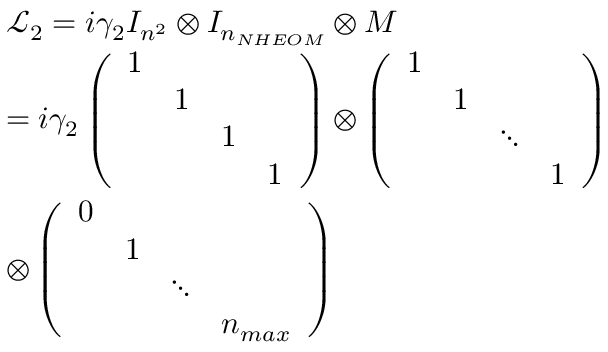
\begin{array} { r l } & { { \mathcal { L } _ { 2 } } = i { { \gamma } _ { 2 } } { { I } _ { { { n } ^ { 2 } } } } \otimes { { I } _ { { { n } _ { N H E O M } } } } \otimes M } \\ & { = i { { \gamma } _ { 2 } } \left( \begin{array} { l l l l } { 1 } & { } & { } & { } \\ { } & { 1 } & { } & { } \\ { } & { } & { 1 } & { } \\ { } & { } & { } & { 1 } \end{array} \right) \otimes \left( \begin{array} { l l l l } { 1 } & { } & { } & { } \\ { } & { 1 } & { } & { } \\ { } & { } & { \ddots } & { } \\ { } & { } & { } & { 1 } \end{array} \right) } \\ & { \otimes \left( \begin{array} { l l l l } { 0 } & { } & { } & { } \\ { } & { 1 } & { } & { } \\ { } & { } & { \ddots } & { } \\ { } & { } & { } & { { { n } _ { m a x } } } \end{array} \right) } \end{array}